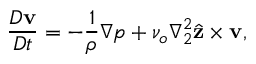
\frac { D \mathbf { v } } { D t } = - \frac { 1 } { \rho } \nabla p + \nu _ { o } \nabla _ { 2 } ^ { 2 } \hat { \mathbf { z } } \times \mathbf { v } ,